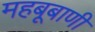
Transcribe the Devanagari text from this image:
महबूबाणी